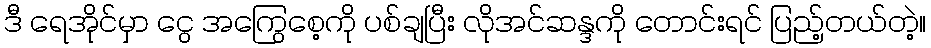
ဒီ ရေအိုင်မှာ ငွေ အကြွေစေ့ကို ပစ်ချပြီး လိုအင်ဆန္ဒကို တောင်းရင် ပြည့်တယ်တဲ့။